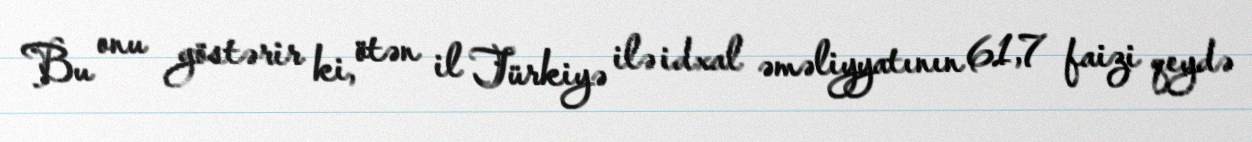
Bu onu göstərir ki, ötən il Türkiyə ilə idxal əməliyyatının 61,7 faizi qeydə